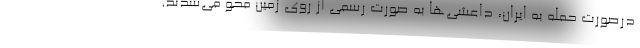
درصورت حمله به ایران، داعشی‌ها به صورت رسمی از روی زمین محو می‌شدند.